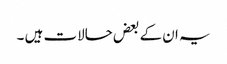
یہ ان کے بعض حالات ہیں ۔